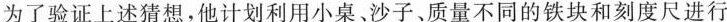
为了验证上述猜想，他计划利用小桌、沙子、质量不同的铁块和刻度尺进行